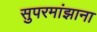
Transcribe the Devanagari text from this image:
सुपरमांझाना